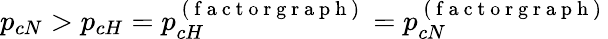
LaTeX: p_{cN}>p_{cH}=p_{cH}^{\mathrm{~(~f~a~c~t~o~r~g~r~a~p~h~)~}}=p_{cN}^{\mathrm{~(~f~a~c~t~o~r~g~r~a~p~h~)~}}